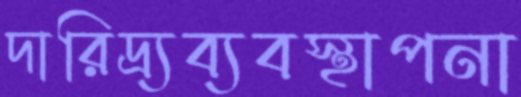
দারিদ্র্যব্যবস্থাপনা